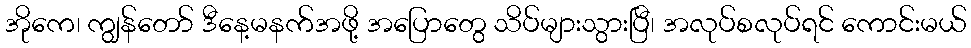
အိုကေ၊ ကျွန်တော် ဒီနေ့မနက်အဖို့ အပြောတွေ သိပ်များသွားပြီ၊ အလုပ်စလုပ်ရင် ကောင်းမယ်